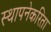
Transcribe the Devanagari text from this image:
स्थापनेकरिता